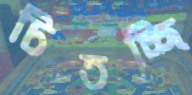
চিতচ্ছি